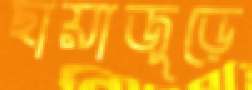
ছায়াজুড়ে